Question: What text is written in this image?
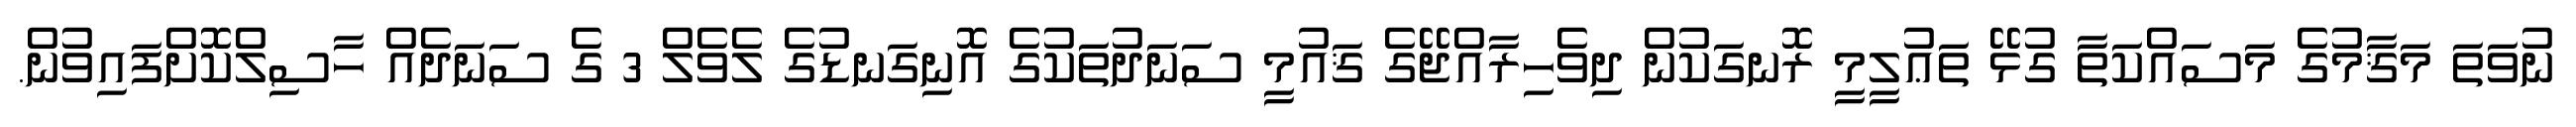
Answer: ނުވަތަ މަޤާމުގެ މަސައްކަތާ ގުޅޭ ތަޢުލީމީ ރޮނގަކުން ދިވެހިރާއްޖޭގެ ޤައުމީ ސަނަދުތަކުގެ އޮނިގަނޑުގެ ލެވެލް 3 ގެ ސަނަދެއް ހާސިލްކޮށްފައިވުން.